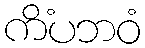
ကိံပဘဝံ